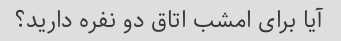
آیا برای امشب اتاق دو نفره دارید؟